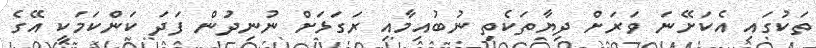
ތަކުގައި އެކަށޭނަ ވަރަށް ދިޔާތަކެތި ނުބުއިމާއި ރަގަޅަށް ނުނިދުން ފަދަ ކަންކަމަކީ އޭގެ